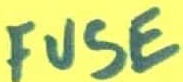
Text: FUSE